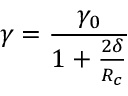
\gamma = \frac { \gamma _ { 0 } } { 1 + \frac { 2 \delta } { R _ { c } } }